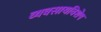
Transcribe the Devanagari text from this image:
व्यवसायविशेष